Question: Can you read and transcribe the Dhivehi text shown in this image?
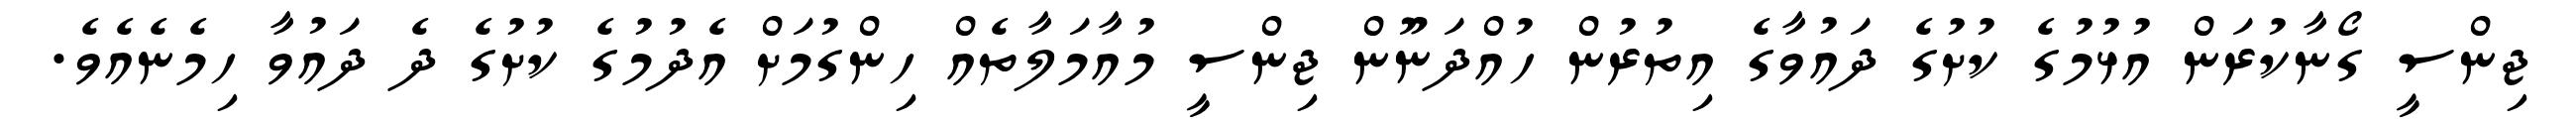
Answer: ޖިންސީ ގޯނާކުރަން އުޅުމުގެ ކުށުގެ ދައުވާގެ އިތުރުން ހުއްދަނޫން ޖިންސީ މުއާމަލާތެއް ހިންގުމަށް އެދުމުގެ ކުށުގެ ދެ ދައުވާ ހިމެނެއެވެ.